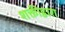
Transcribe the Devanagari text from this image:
शक्तीद्वारा